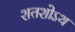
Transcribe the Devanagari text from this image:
शतशोऽथ